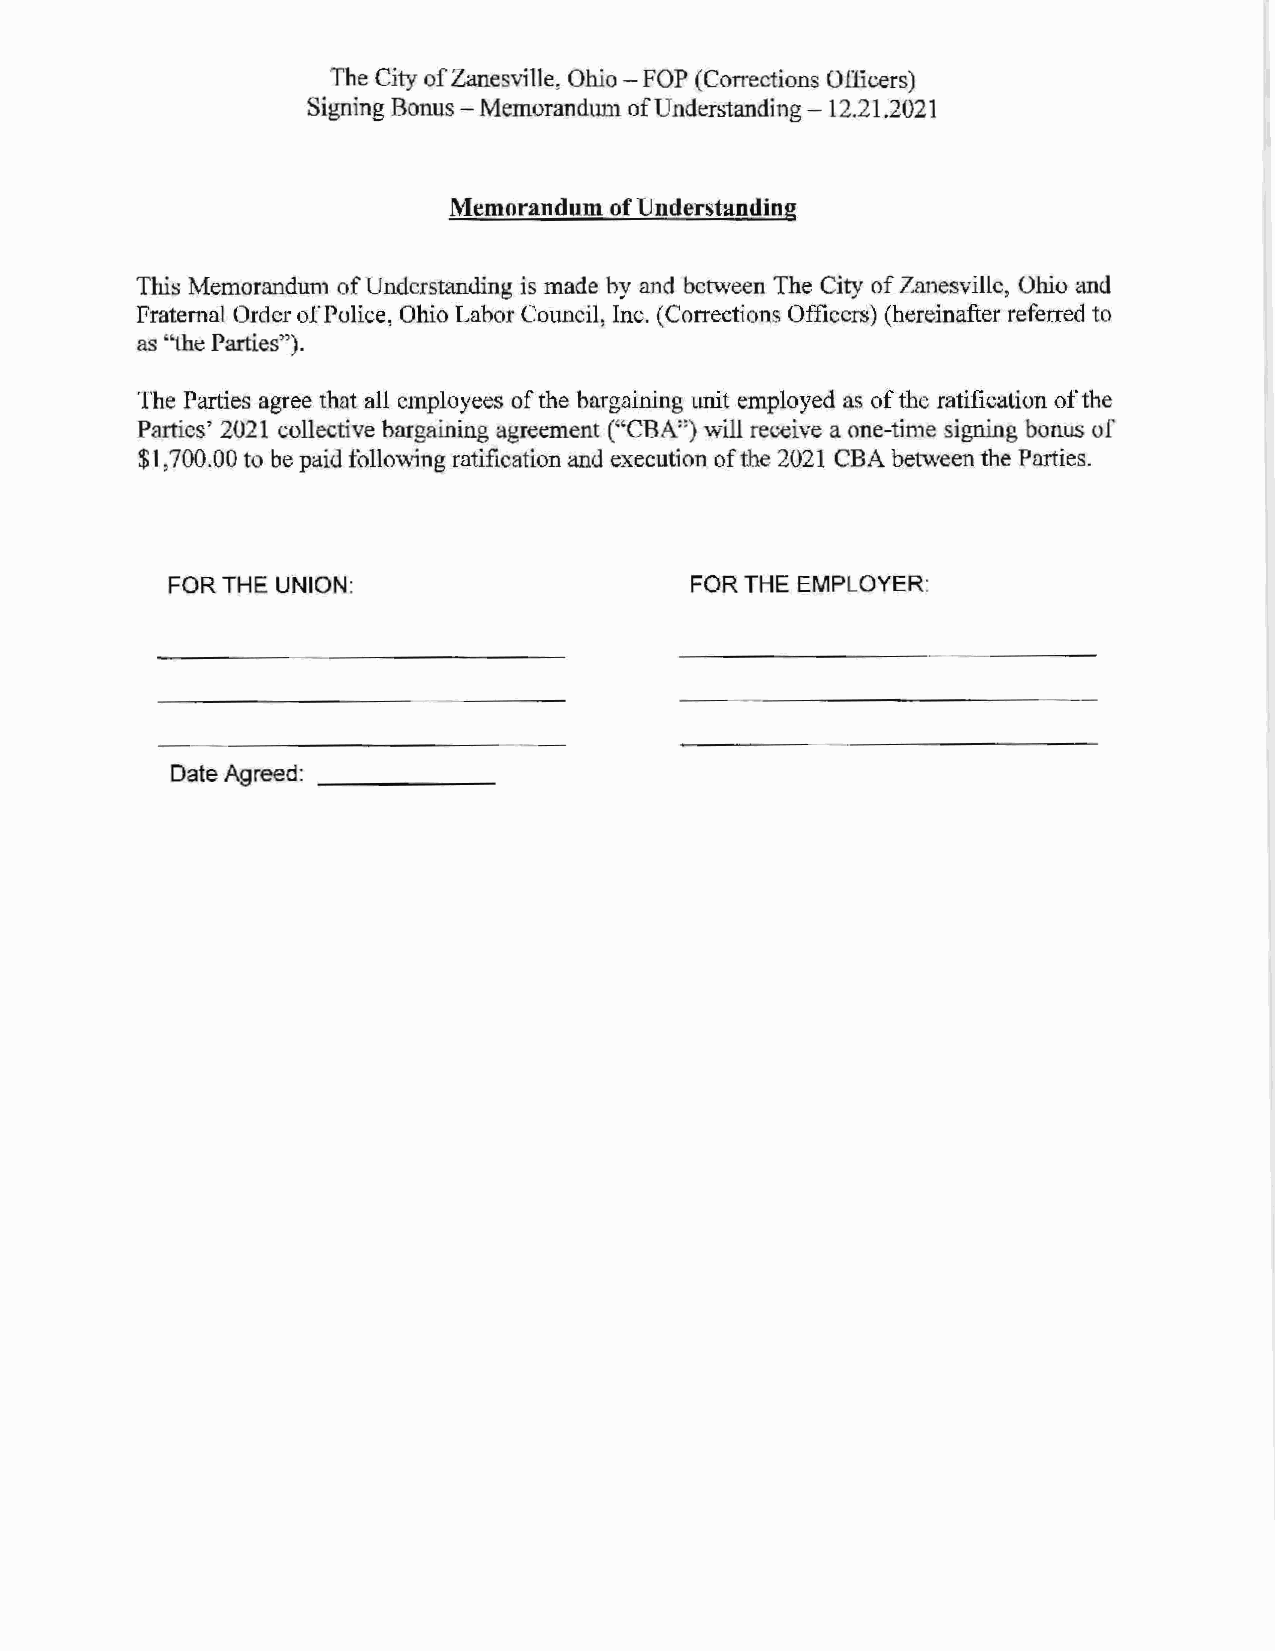
The City of Zanesville, Ohio - FOP (Corrections Officers)
 Signing Bonus - Memorandum of Understanding - 12.21.2021
 Memorandum of Understanding
 This Memorandum of Understanding is made by and between The City of Zanesville, Ohio and
 Fraternal Order of Police, Ohio Labor Council, Inc. (Corrections Officers) (hereinafter referred to
 as "the Parties").
 The Parties agree that all employees of the bargaining unit employed as of the ratification of the
 Parties' 2021 collective bargaining agreement ("CBA") will receive a one-time signing bonus of
 $1,700.00 to be paid following ratification and execution of the 2021 CBA between the Parties.
 FOR THE UNION:                     FOR THE EMPLOYER:
 Date Agreed: ______